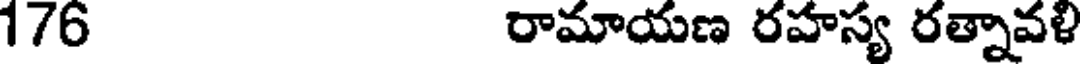
176 రామాయణ రహస్య రత్నావళి